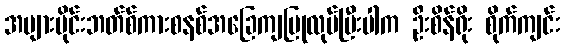
အများပိုင်းဘတ်စ်ကားစနစ်အခြေကျပြုလုပ်ပြီးပါက ဦးစိန်ရိုး စိုက်ကျင်း